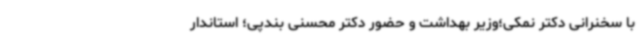
با سخنرانی دکتر نمکی؛وزیر بهداشت و حضور دکتر محسنی بندپی؛ استاندار